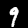
Digit: 9